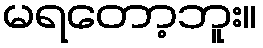
မရတော့ဘူး။